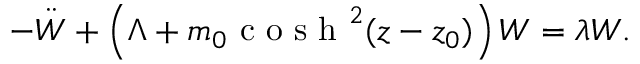
- \ddot { W } + \left( \Lambda + m _ { 0 } \textrm { c o s h } ^ { 2 } ( z - z _ { 0 } ) \right) W = \lambda W .